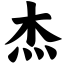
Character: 杰